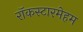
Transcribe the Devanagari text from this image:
रॉकस्टारमेहम